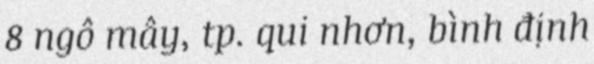
8 ngô mây, tp. qui nhơn, bình định